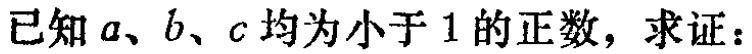
已知\(a、b、c\)均为小于\(1\)的正数，求证：